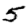
Digit: 5